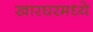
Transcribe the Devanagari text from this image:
खारघरमध्ये